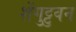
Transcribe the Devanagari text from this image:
शेंगुट्टुवन